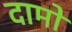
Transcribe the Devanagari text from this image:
दामो